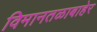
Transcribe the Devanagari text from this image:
विमानतळाबाहेर